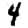
Digit: 4